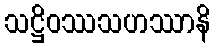
သဋ္ဌိဝဿသဟဿာနိ